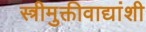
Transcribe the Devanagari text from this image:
स्त्रीमुक्तीवाद्यांशी